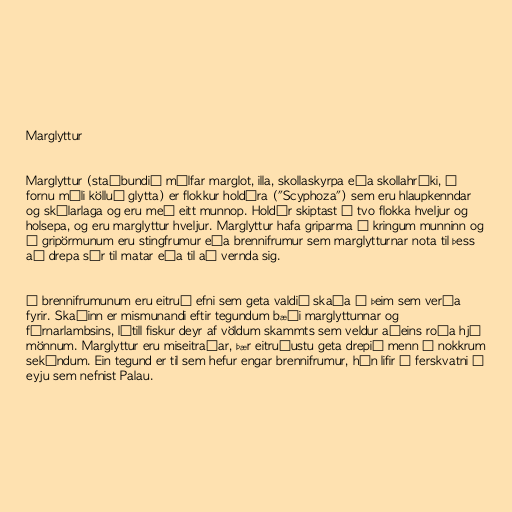
Marglyttur

Marglyttur (staðbundið málfar marglot, illa, skollaskyrpa eða skollahráki, í
fornu máli kölluð glytta) er flokkur holdýra ("Scyphoza") sem eru hlaupkenndar
og skálarlaga og eru með eitt munnop. Holdýr skiptast í tvo flokka hveljur og
holsepa, og eru marglyttur hveljur. Marglyttur hafa griparma í kringum munninn og
á gripörmunum eru stingfrumur eða brennifrumur sem marglytturnar nota til þess
að drepa sér til matar eða til að vernda sig.

Í brennifrumunum eru eitruð efni sem geta valdið skaða á þeim sem verða
fyrir. Skaðinn er mismunandi eftir tegundum bæði marglyttunnar og
fórnarlambsins, lítill fiskur deyr af völdum skammts sem veldur aðeins roða hjá
mönnum. Marglyttur eru miseitraðar, þær eitruðustu geta drepið menn á nokkrum
sekúndum. Ein tegund er til sem hefur engar brennifrumur, hún lifir í ferskvatni á
eyju sem nefnist Palau.